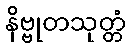
နိဗ္ဗုတသုတ္တံ